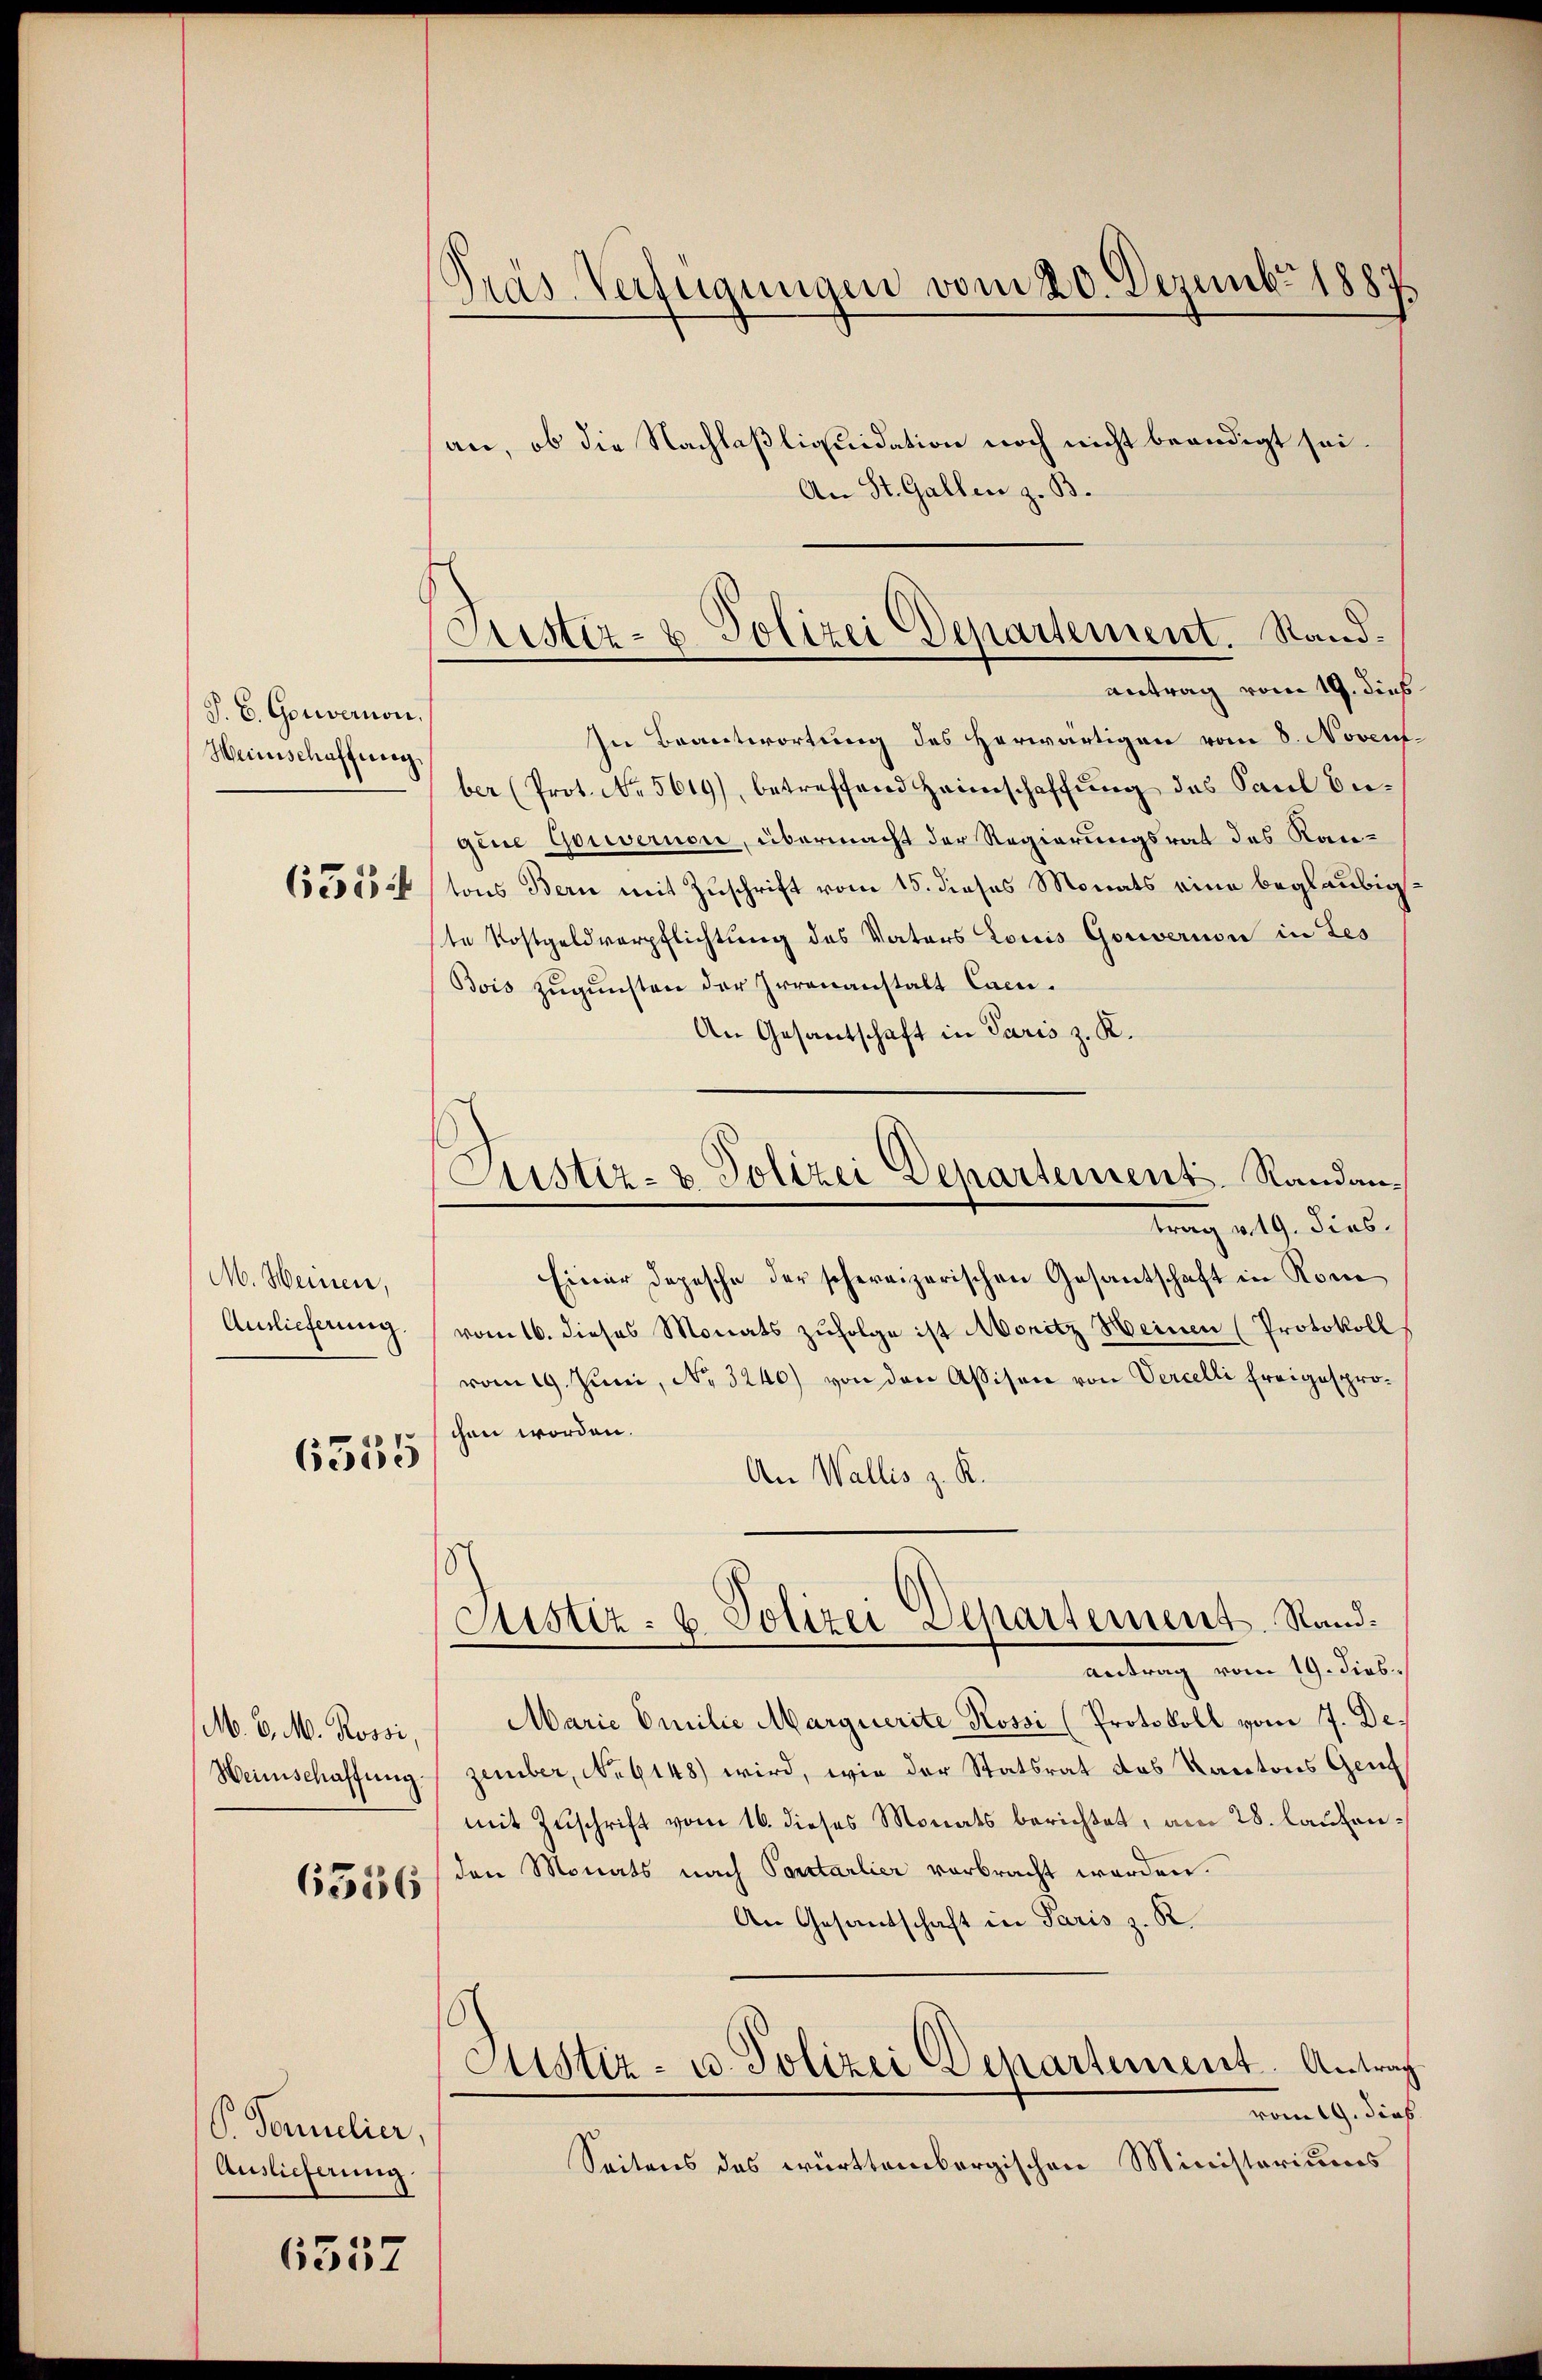
P. C. Gouvernon,
Heinschaffung
6354

M. Heinen,
Auslieferung.

6555

M. v. M. Rossi,
Heinschaffung.

6536

P. Formulier,
Auslieferung.

6557

Präs. Verfügungen vom 20. Dezember 1889

Aistiz- & Polizei Departement. Sandantrag vom 19. dies

Justiz- & Polizei Departement Randan¬

an, ob die Nachlaßliquidation noch nicht beendigt sei.
An St. Gallen z. B.
In Beantwortung des herwärtigen vom 8. Novent
ber (Prot. No. 5619), betreffend Heimschaffŭng des Paul be-
gine Gouvernon, übermacht der Regierungsrat des Kan-
tons Bern mit Zuschrift vom 15. dieses Monats eine beglaubig.
te Kostgeldverpflichtung des Vaters Louis Gouvernon in Tes
Bois zugunsten der Irrenanstalt Cam¬
An Gesantschaft in Paris z. R.
trag v. 19. Dieb.
Einer Depesche der schweizerischen Gesantschaft in Rom
vom 16. dieses Monats zufolge ist Moritz Heinen (Protokoll
vom 19. Juni, No 3240) von den Assisen von Vercelli freigesprochen worden.
An Wallis z. R.
8
Sistiz- u. Polizei Separtement Rand¬
Antrag vom 19. dies
Marie Emilie Marquerite Rossi (Protokoll vom 7. Dezember, No 6148) wird, wie der Statsrat des Kantons Gem
mit Zuschrift vom 16. dieses Monats berichtet, am 28. lautenden Monats nach Portarlier verbracht werden.
An Gesandschaft in Paris z. R.
Sistiz- u. Polizei Departement. Antrag
vom 19. dieß
Seitens des württembergischen Ministeriums